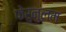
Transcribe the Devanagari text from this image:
फेरुनुलम